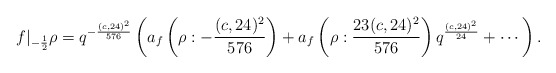
\begin{align*} f|_{-\frac{1}{2}} \rho=q^{-\frac{(c,24)^2}{576}}\left(a_{f}\left(\rho : -\frac{(c,24)^2}{576} \right)+a_{f}\left(\rho : \frac{23(c,24)^2}{576}\right)q^{\frac{(c,24)^2}{24}}+\cdots\right).\end{align*}